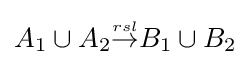
{\textstyle A_{1}\cup A_{2}{\stackrel {\scriptscriptstyle rsl}{\rightarrow }}B_{1}\cup B_{2}}